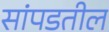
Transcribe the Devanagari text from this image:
सांपडतील